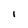
Character: 1